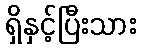
ရှိနှင့်ပြီးသား